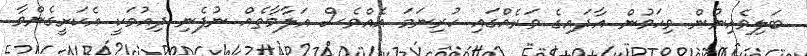
ބަލިވެއިނުން ވިހަވުން އާދައިގެ ވަރެއްގައި ހުރިނަމަ އެއްވެސް އަލާމާތެއް ނުފެނި ދިއުމަކީ އެކަށީގެންވާ